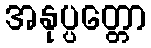
အနုပ္ပတ္တော